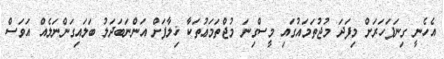
އެހެނީ ގިނަފަހަރަށް މިފަދަ މުޖުތަމައުގައި މީސްގިނަ މުޖްތަމަޢުތަކާ ޚިލާފަށް އަންނަބަދަލު ބަލައިގަންނަލެއް އަވަސް